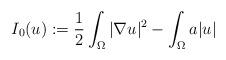
LaTeX: \begin{align*}I_{0}(u):=\frac{1}{2}\int_{\Omega}|\nabla u|^{2}-\int_{\Omega}a|u|\end{align*}